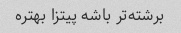
برشته‌تر باشه پیتزا بهتره